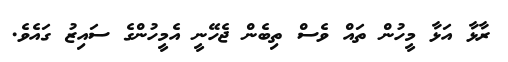
ރާޅާ އަޅާ މީހުން ތައް ވެސް ތިބެން ޖެހޭނީ އެމީހުންގެ ސައިޒު ގައެވެ.